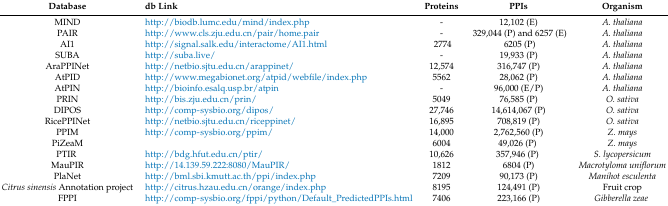
<table><thead><tr><td><b>Database</b></td><td><b>db Link</b></td><td><b>Proteins</b></td><td><b>PPIs</b></td><td><b>Organism</b></td></tr></thead><tbody><tr><td>MIND</td><td>http://biodb.lumc.edu/mind/index.php</td><td>-</td><td>12,102 (E)</td><td><i>A. thaliana</i></td></tr><tr><td>PAIR</td><td>http://www.cls.zju.edu.cn/pair/home.pair</td><td>-</td><td>329,044 (P) and 6257 (E)</td><td><i>A. thaliana</i></td></tr><tr><td>AI1</td><td>http://signal.salk.edu/interactome/AI1.html</td><td>2774</td><td>6205 (P)</td><td><i>A. thaliana</i></td></tr><tr><td>SUBA</td><td>http://suba.live/</td><td>-</td><td>19,933 (P)</td><td><i>A. thaliana</i></td></tr><tr><td>AraPPINet</td><td>http://netbio.sjtu.edu.cn/arappinet/</td><td>12,574</td><td>316,747 (P)</td><td><i>A. thaliana</i></td></tr><tr><td>AtPID</td><td>http://www.megabionet.org/ atpid/webfile/index.php</td><td>5562</td><td>28,062 (P)</td><td><i>A. thaliana</i></td></tr><tr><td>AtPIN</td><td>http://bioinfo.esalq.usp.br/atpin</td><td>-</td><td>96,000 (E/P)</td><td><i>A. thaliana</i></td></tr><tr><td>PRIN</td><td>http://bis.zju.edu.cn/prin/</td><td>5049</td><td>76,585 (P)</td><td><i>O. sativa</i></td></tr><tr><td>DIPOS</td><td>http://comp-sysbio.org/dipos/</td><td>27,746</td><td>14,614,067 (P)</td><td><i>O. sativa</i></td></tr><tr><td>RicePPINet</td><td>http://netbio.sjtu.edu.cn/riceppinet/</td><td>16,895</td><td>708,819 (P)</td><td><i>O. sativa</i></td></tr><tr><td>PPIM</td><td>http://comp-sysbio.org/ppim/</td><td>14,000</td><td>2,762,560 (P)</td><td><i>Z. mays</i></td></tr><tr><td>PiZeaM</td><td></td><td>6004</td><td>49,026 (P)</td><td><i>Z. mays</i></td></tr><tr><td>PTIR</td><td>http://bdg.hfut.edu.cn/ptir/</td><td>10,626</td><td>357,946 (P)</td><td><i>S. lycopersicum</i></td></tr><tr><td>MauPIR</td><td>http://14.139.59.222:8080/MauPIR/</td><td>1812</td><td>6804 (P)</td><td><i>Macrotyloma uniflorum</i></td></tr><tr><td>PlaNet</td><td>http://bml.sbi.kmutt.ac.th/ppi/index.php</td><td>7209</td><td>90,173 (P)</td><td><i>Manihot esculenta</i></td></tr><tr><td><i>Citrus sinensis</i> Annotation project</td><td>http://citrus.hzau.edu.cn/orange/index.php</td><td>8195</td><td>124,491 (P)</td><td>Fruit crop</td></tr><tr><td>FPPI</td><td>http://comp-sysbio.org/fppi/python/Default_PredictedPPIs.html</td><td>7406</td><td>223,166 (P)</td><td><i>Gibberella zeae</i></td></tr></tbody></table>